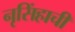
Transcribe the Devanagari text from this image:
नृसिंहाची